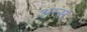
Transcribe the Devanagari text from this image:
अन्स